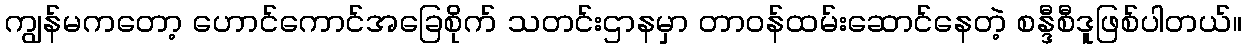
ကျွန်မကတော့ ဟောင်ကောင်အခြေစိုက် သတင်းဌာနမှာ တာဝန်ထမ်းဆောင်နေတဲ့ စန္ဒီစီဒူဖြစ်ပါတယ်။